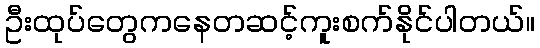
ဦးထုပ်တွေကနေတဆင့်ကူးစက်နိုင်ပါတယ်။